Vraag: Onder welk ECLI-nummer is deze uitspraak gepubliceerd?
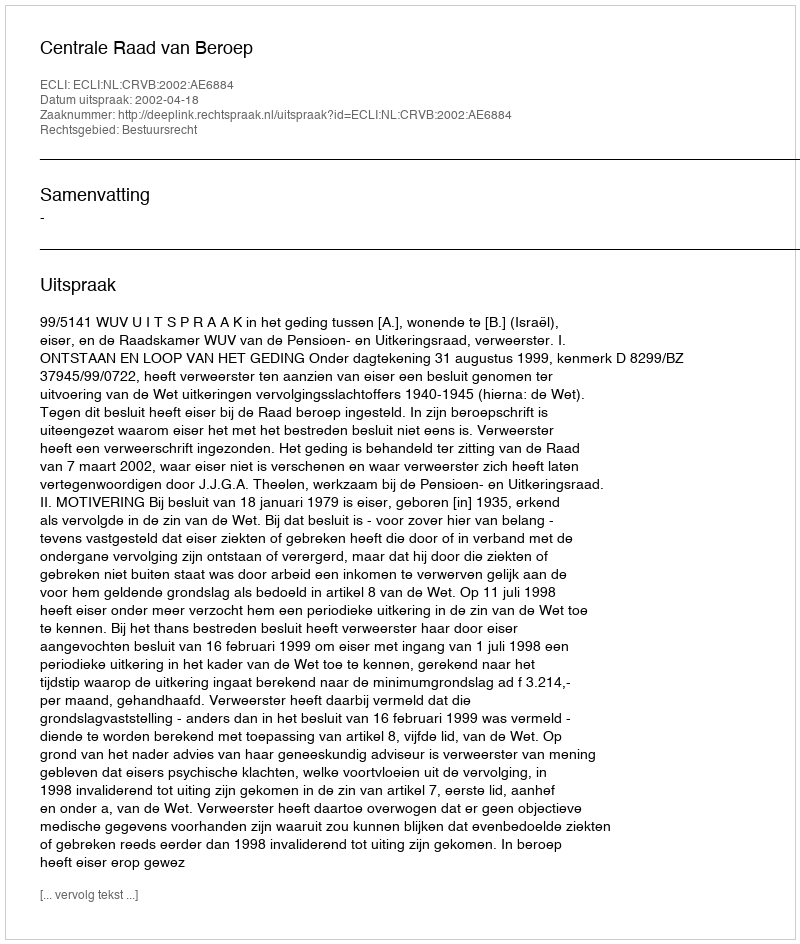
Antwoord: ECLI:NL:CRVB:2002:AE6884